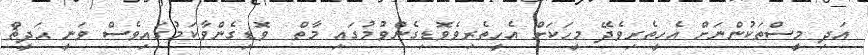
އަދި މީސްތަކުންނަށް އެހީތެރިވެދޭ މީހަކަށް އެހީތެރިވެވޮޑިގެންވުމުގައި މާތް  ވޮޑިގެންވާކަމުގައިވެސް ވަނީ ޙަދީޘް